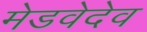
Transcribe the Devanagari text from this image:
मेडवेदेव